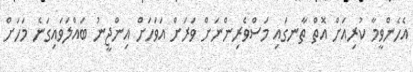
އެހެންވީމާ ކުރިއަށް އޮތް ތާނގައި މަސްވެރިންނަށް ވަރަށް އަވަހަށް އިންޖީނު ބައްލަވައިގަނެ މަހަށް